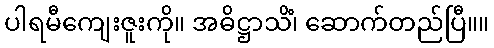
ပါရမီကျေးဇူးကို။ အဓိဋ္ဌာသိံ၊ ဆောက်တည်ပြီ။။